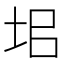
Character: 𡊊